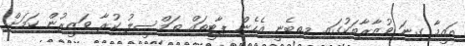
އައީމާ ގިނަ ވުޒާރާތަކުގައި މިތިބެނީ އެހެން ޕާޓީތައް ތަމްސީލު ކުރާ ވަޒީރުން ކަމަށް